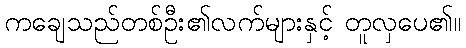
ကချေသည်တစ်ဦး၏လက်များနှင့် တူလှပေ၏။